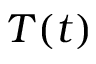
T ( t )